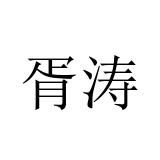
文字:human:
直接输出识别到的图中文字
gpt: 胥涛